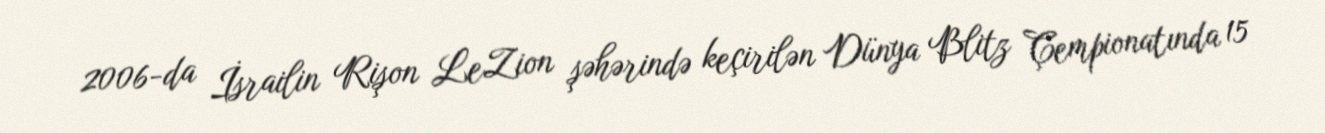
2006-da İsrailin Rişon LeZion şəhərində keçirilən Dünya Blitz Çempionatında 15